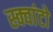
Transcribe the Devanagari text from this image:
स्क्वांटो